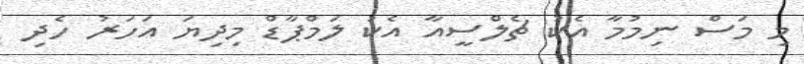
މި މަސް ނިމުމާ އެކު ޗެލްސީއާ އެކު ލަމްޕާޑް މިދިޔަ އަހަރު ހެދި